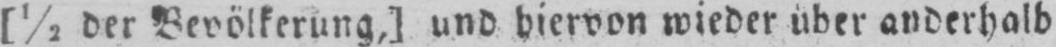
[½ der Bevölkerung,] und hiervon wieder über anderhalb